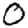
Digit: 0